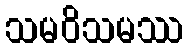
သမဝိသမဿ